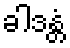
ခါဒန္တံ